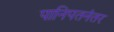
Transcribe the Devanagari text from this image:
पानिपतनंतर